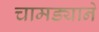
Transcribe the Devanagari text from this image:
चामड्याने